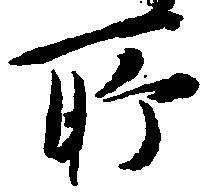
所